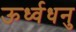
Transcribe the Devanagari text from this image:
ऊर्ध्वधनु